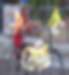
সয়েছিল